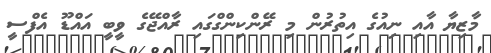
މާޒިޔާ އާއި ނިއުގެ އިތުރުން މި ރޭންކިންގްގައި ރާއްޖޭގެ ވީބީ އައްޑޫ އެފްސީ